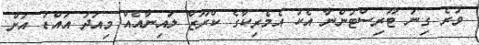
ވުރެ ގިނަ ޓޫރިސްޓުންނާ އެކު އެމެރިކާގެ ކްރޫޒް ލައިނާއެއް މިއަދު އައްޑު އަށް